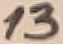
Text: 13